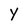
Character: Y